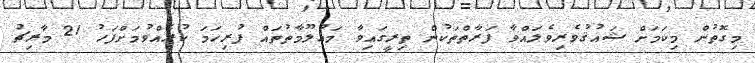
މިގޮތުން މިކަމަށް ޝައުޤުވެރިވެލައްވާ ފަރާތްތަކުން ތިރީގައިވާ މަޢުލޫމާތުތައް ފުރިހަމަ ކުރެއްވުމަށްފަހު 21 މާރިޗު